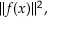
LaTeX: \| f ( x ) \| ^ { 2 } ,